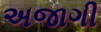
અજાગી